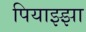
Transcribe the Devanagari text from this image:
पियाझ्झा